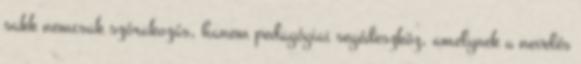
sakk nemcsak szórakozás, hanem pedagógiai segédeszköz, amelynek a nevelés